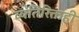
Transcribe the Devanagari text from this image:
व्यतिरिक्तही